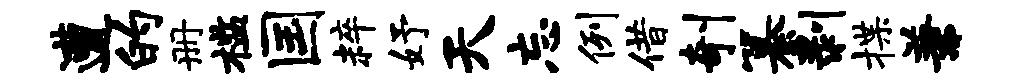
遭的册槛国粹妤天忘例借剞纂剥揲兼